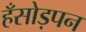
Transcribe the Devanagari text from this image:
हँसोड़पन